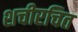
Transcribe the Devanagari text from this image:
शचीरचित